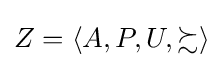
Z=\langle A,P,U,\succsim \rangle